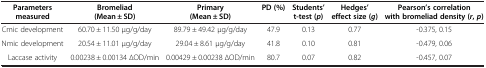
| Parameters measured | Bromeliad (Mean ± SD) | Primary (Mean ± SD) | PD (%) | Students’ t-test ( p ) | Hedges’ effect size ( g ) | Pearson’s correlation with bromeliad density ( r , p) |
 | --- | --- | --- | --- | --- | --- | --- |
 | Cmic development | 60.70 ± 11.50 μg/g/day | 89.79 ± 49.42 μg/g/day | 47.9 | 0.13 | 0.77 | -0.375, 0.15 |
 | Nmic development | 20.54 ± 11.01 μg/g/day | 29.04 ± 8.61 μg/g/day | 41.8 | 0.10 | 0.81 | -0.479, 0.06 |
 | Laccase activity | 0.00238 ± 0.00134 ∆OD/min | 0.00429 ± 0.00238 ΔOOD/min | 80.7 | 0.07 | 0.82 | -0.457, 0.07 |